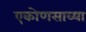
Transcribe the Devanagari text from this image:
एकोणसाव्या